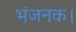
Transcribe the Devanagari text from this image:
भंजनक।